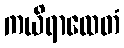
ကယိရာထေတံ